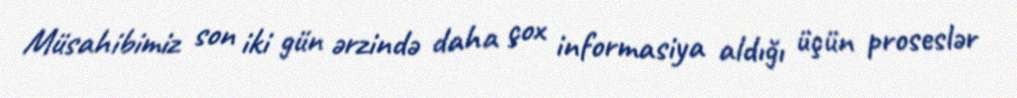
Müsahibimiz son iki gün ərzində daha çox informasiya aldığı üçün proseslər